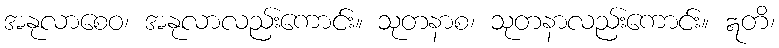
အနုလာစေဝ၊ အနုလာလည်းကောင်း။ သုတနာစ၊ သုတနာလည်းကောင်း။ ဣတိ၊